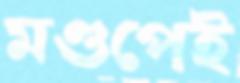
মণ্ডপেই